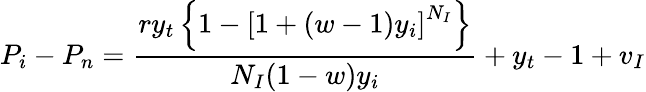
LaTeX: P_{i}-P_{n}=\frac{ry_{t}\left\{ 1-\left[1+(w-1)y_{i}\right]^{N_{I}}\right\} }{N_{I}(1-w)y_{i}}+y_{t}-1+v_{I}